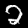
Label: 2